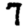
Digit: 7